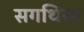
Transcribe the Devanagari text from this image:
सगथिया